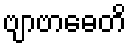
ဗျာဗာဓေတိ